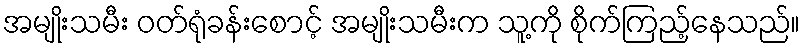
အမျိုးသမီး ဝတ်ရုံခန်းစောင့် အမျိုးသမီးက သူ့ကို စိုက်ကြည့်နေသည်။